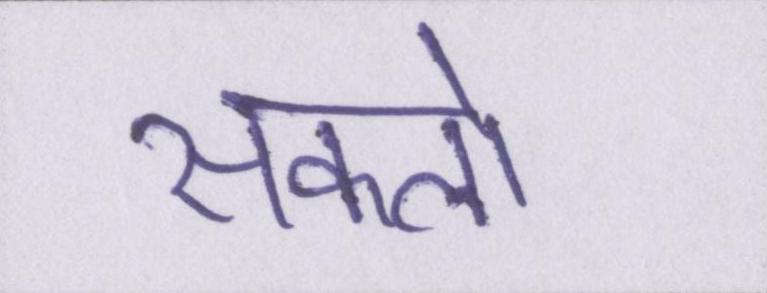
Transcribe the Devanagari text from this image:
सकलो